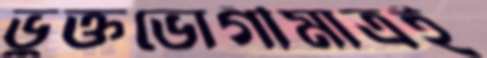
ভুক্তভোগীমাত্রই